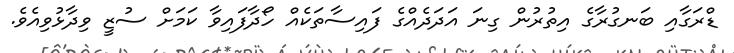
ޑްރަގާއި ބަނގުރާގެ އިތުރުން ގިނަ އަދަދެއްގެ ފައިސާތަކެއް ހޯދާފައިވާ ކަމަށް ސުޒީ ވިދާޅުވިއެވެ.